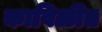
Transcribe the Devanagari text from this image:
काविळीत